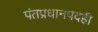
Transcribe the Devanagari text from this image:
पंतप्रधानपदही